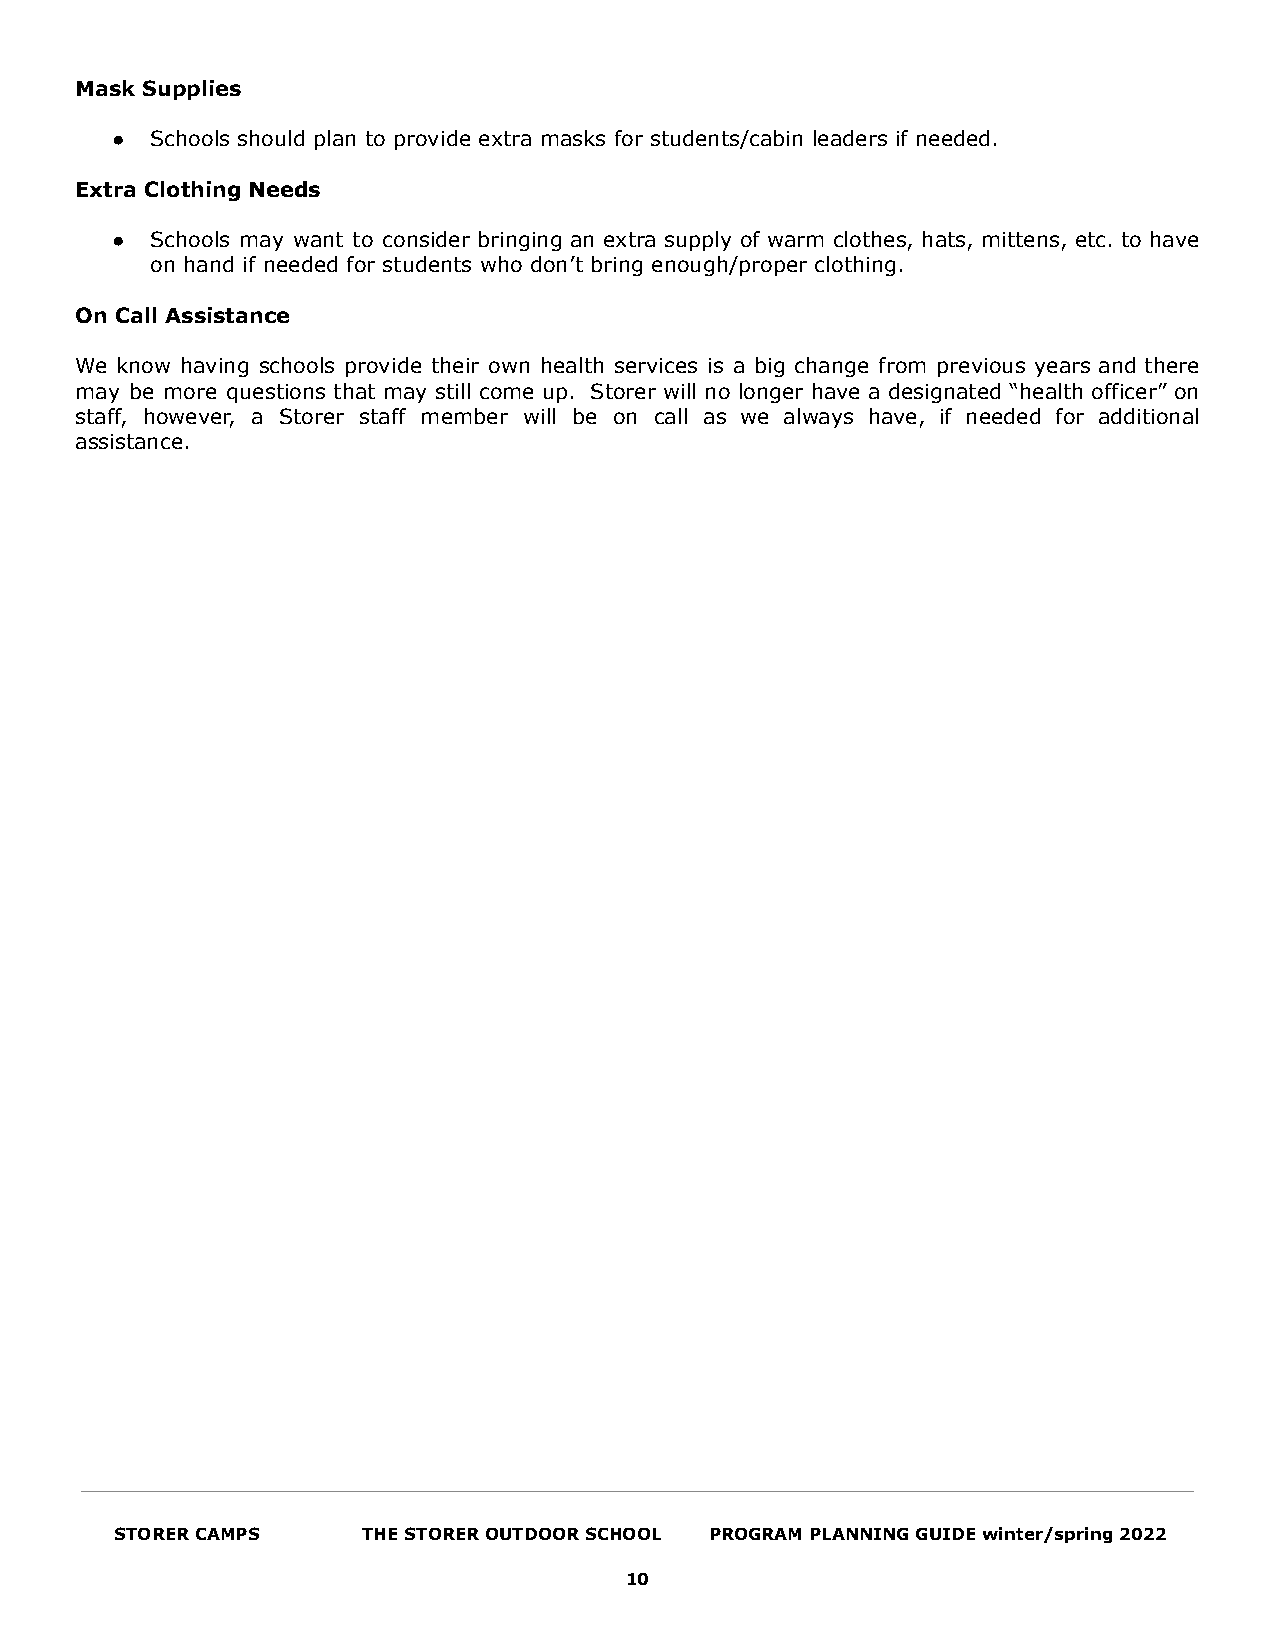
Mask Supplies
 ●  Schools should plan to provide extra masks for students/cabin leaders if needed.
 Extra Clothing Needs
 ●  Schools may want to consider bringing an extra supply of warm clothes, hats, mittens, etc. to have
 on hand if needed for students who don’t bring enough/proper clothing.
 On Call Assistance
 We know having schools provide their own health services is a big change from previous years and there
 may be more questions that may still come up. Storer will no longer have a designated “health officer” on
 staff, however, a Storer staff member will be on call as we always have, if needed for additional
 assistance.
 STORER CAMPS    THE STORER OUTDOOR SCHOOL PROGRAM PLANNING GUIDE winter/spring 2022
 10